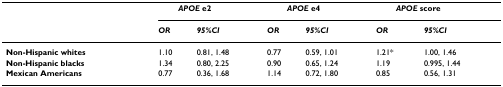
<table><thead><tr><td></td><td colspan="2"><b><i>APOE </i>e2</b></td><td colspan="2"><b><i>APOE </i>e4</b></td><td colspan="2"><b><i>APOE </i>score</b></td></tr><tr><td></td><td><b><i>OR</i></b></td><td><b><i>95%CI</i></b></td><td><b><i>OR</i></b></td><td><b><i>95%CI</i></b></td><td><b><i>OR</i></b></td><td><b><i>95%CI</i></b></td></tr></thead><tbody><tr><td><b>Non-Hispanic whites</b></td><td>1.10</td><td>0.81, 1.48</td><td>0.77</td><td>0.59, 1.01</td><td>1.21*</td><td>1.00, 1.46</td></tr><tr><td><b>Non-Hispanic blacks</b></td><td>1.34</td><td>0.80, 2.25</td><td>0.90</td><td>0.65, 1.24</td><td>1.19</td><td>0.995, 1.44</td></tr><tr><td><b>Mexican Americans</b></td><td>0.77</td><td>0.36, 1.68</td><td>1.14</td><td>0.72, 1.80</td><td>0.85</td><td>0.56, 1.31</td></tr></tbody></table>